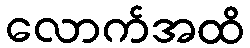
လောက်အထိ